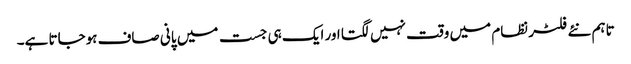
تاہم نئے فلٹر نظام میں وقت نہیں لگتا اور ایک ہی جست میں پانی صاف ہوجاتا ہے۔